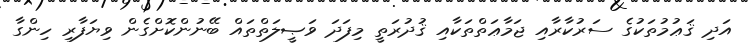
އަދި ޤަޢުމުތަކުގެ ސަރުކާރާއި ޖަމާޢަތްތަކާއި ޤުދުރަތީ މިފަދަ ވަޞީލަތްތައް ބޭނުންކޮށްގެން ވިޔަފާރި ހިންގާ